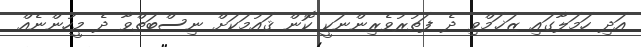
އަދި ހަމަލާގައި ޒަޚަމްވި ދެ ފަތުރުވެރިންނަކީ ކޮން ޤައުމަކަށް ނިސްބަތްވާ ދެ މީހުންނެއް